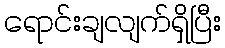
ရောင်းချလျက်ရှိပြီး